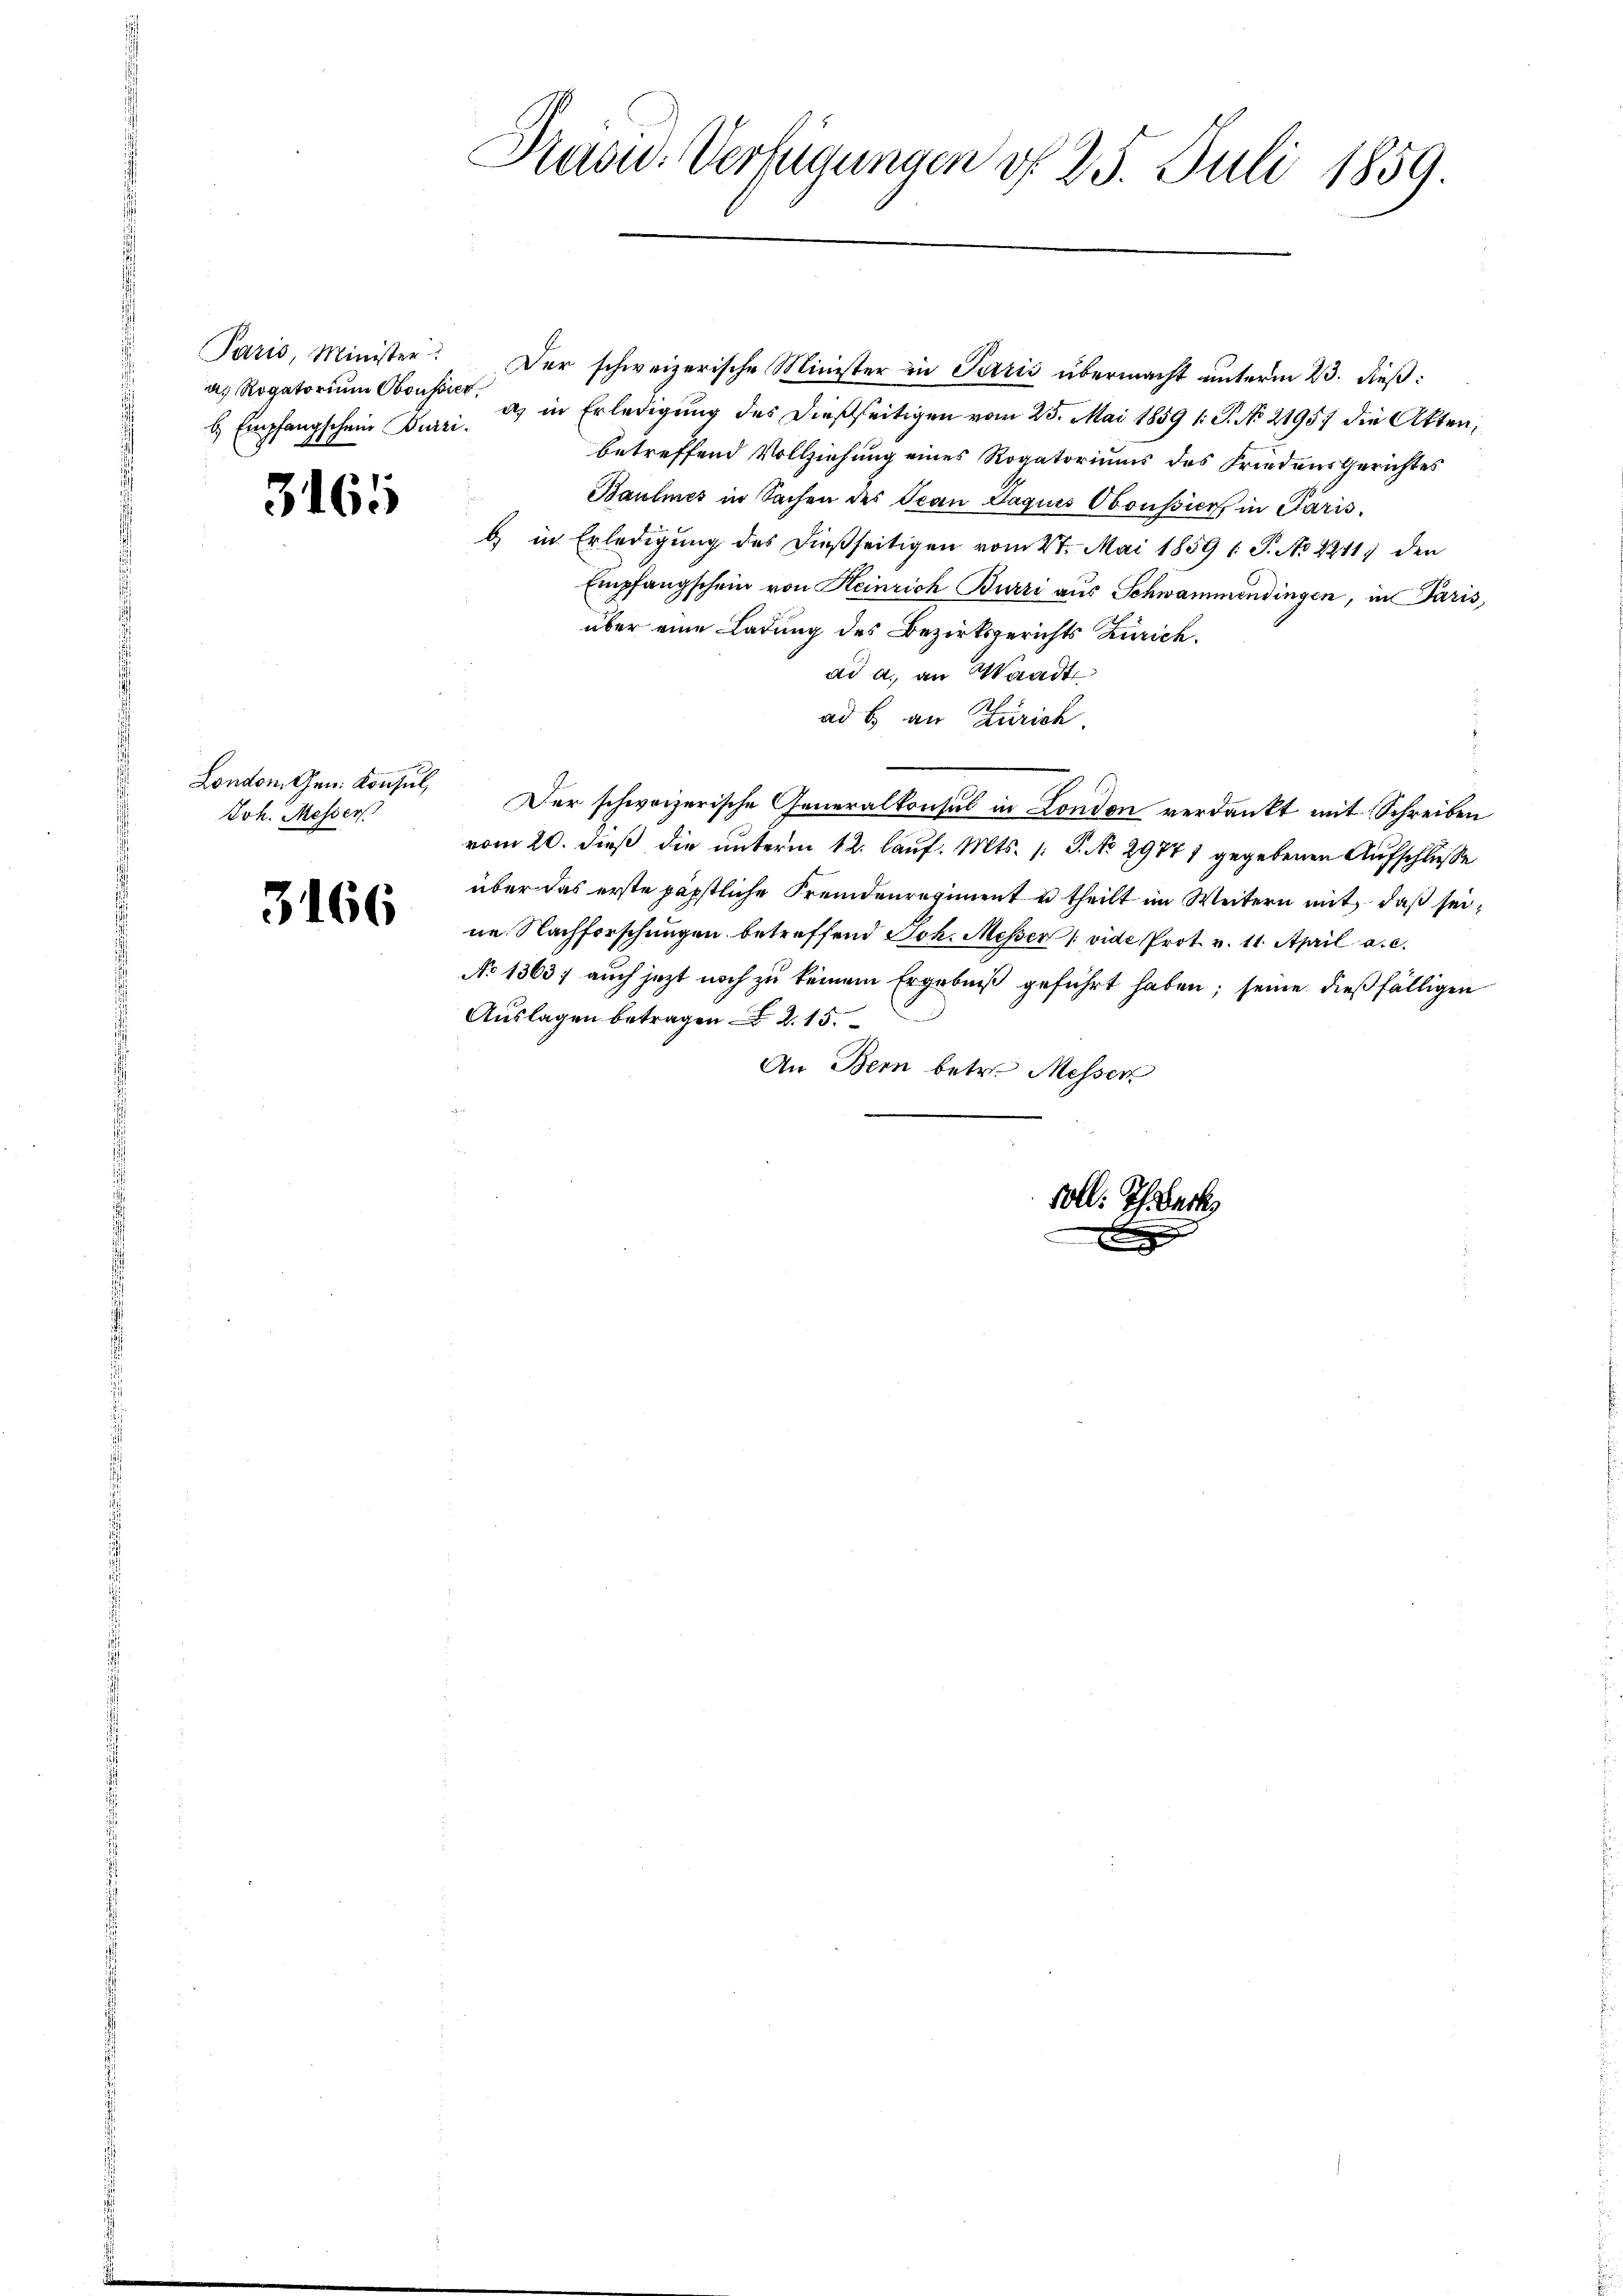
Paris, Minister
a. Rogatorium Oboussier

3165

London, Gen. Konsul,
Joh. Messer

3166

Radu. Verfügungen d. 25. Juli 1859.

B

Der schweizerische Minister in Paris übermacht unterm 23. dieß:
b. Empfangschein Burri. 1 in Erledigung des dießseitigen vom 25. Mai 1859 1: P. No 21957 die Akten,
betreffend Vollziehung eines Rogatoriums des Friedensgerichtes
Baumes in Sachen des Ocan Laquis Oboussiert in Paris.
b) in Erledigung des dießseitigen vom 27. Mai 1859 1 S. No 22117 den
Empfangschein von Heinrich Burri aus Schwammendingen, in Paris,
über eine Ladung des Bezirksgerichts Zürich.
ad a. an Waadt
ad b. an Zürich.
Der schweizerische Generalkonsul in London verdankt mit Schreiben
vom 20. dieß die unterm 12. lauf. Mts. 1. P. No 29741 gegebenen Aufschlusse
über das erste päpstliche Fremdenregiment u theilt im Weitern mit, daß seine Nachforschungen betreffend Joh. Messer (vide Prot. v. 11. April a. c.
No 1363; auch jetzt noch zu keinem Ergebniß geführt haben; seine dießfälligen
Auslagen betragen 2. 15.
An Bern betr. Messer

soll. Ich erk